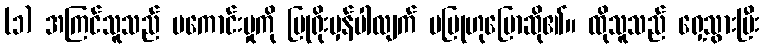
(၁) အကြင်သူသည် မကောင်းမှုကို ပြုရိုးမှန်ပါလျက် မပြုဟုပြောဆို၏။ ထိုသူသည် ရှေ့သွားပြီး